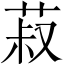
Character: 菽